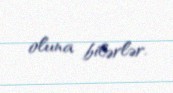
oluna bilərlər.